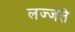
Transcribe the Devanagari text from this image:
लज्जते